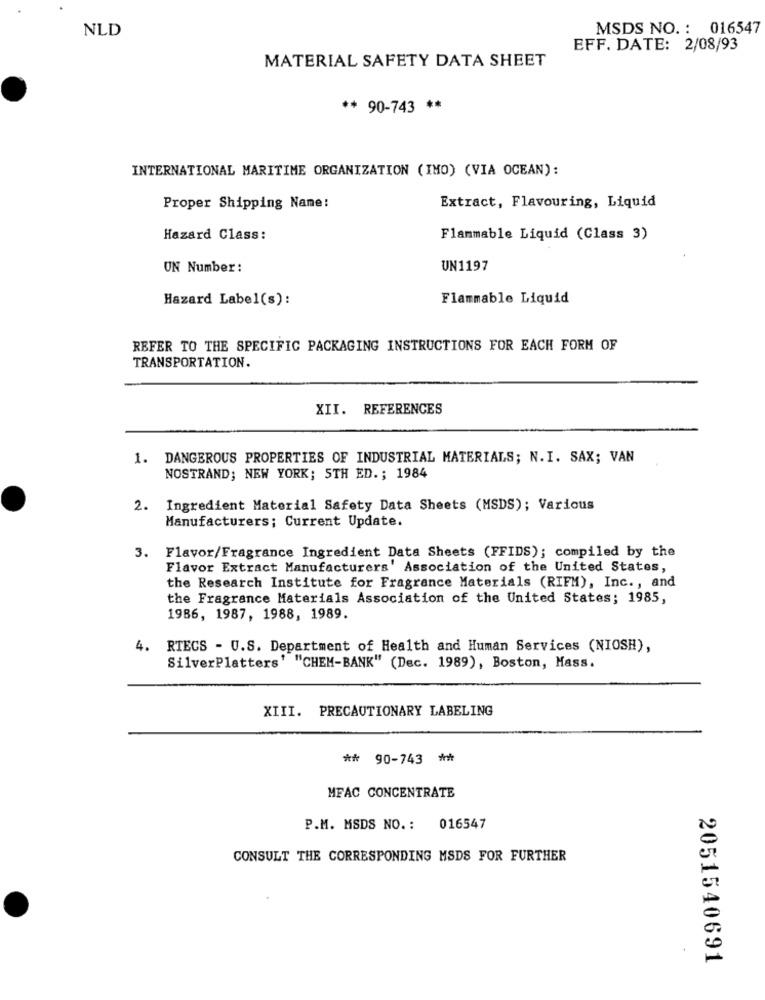
NLD
MSDS NO. : 016547
EFF. DATE: 2/08/93
MATERIAL SAFETY DATA SHEET
** 90-743 **
INTERNATIONAL MARITIME ORGANIZATION (IMO) (VIA OCEAN):
Proper Shipping Name:
Extract, Flavouring, Liquid
Hazard Class:
Flammable Liquid (Class 3)
ON Number:
UN1197
Hazard Label(s):
Flammable Liquid
REFER TO THE SPECIFIC PACKAGING INSTRUCTIONS FOR EACH FORM OF
TRANSPORTATION.
XII. REFERENCES
1. DANGEROUS PROPERTIES OF INDUSTRIAL MATERIALS; N.I. SAX; VAN
NOSTRAND; NEW YORK; STH ED .; 1984
2. Ingredient Material Safety Data Sheets (MSDS); Various
Manufacturers; Current Update.
3. Flavor/Fragrance Ingredient Data Sheets (FFIDS); compiled by the
Flavor Extract Manufacturers' Association of the United States,
the Research Institute for Fragrance Materials (RIFM), Inc ., and
the Fragrance Materials Association of the United States; 1985,
1986, 1987, 1988, 1989.
4. RTECS - U.S. Department of Health and Human Services (NIOSH),
SilverPlatters' "CHEM-BANK" (Dec. 1989), Boston, Mass.
XIII. PRECAUTIONARY LABELING
** 90-743
**
MFAC CONCENTRATE
P.M. MSDS NO. : 016547
CONSULT THE CORRESPONDING MSDS FOR FURTHER
2051540691